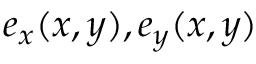
e _ { x } ( x , y ) , e _ { y } ( x , y )